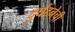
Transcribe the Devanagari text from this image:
दुर्घटनेची